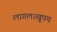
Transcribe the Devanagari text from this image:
लागल।खूपच